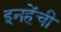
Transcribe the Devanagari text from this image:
इनहेंची